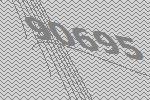
90695